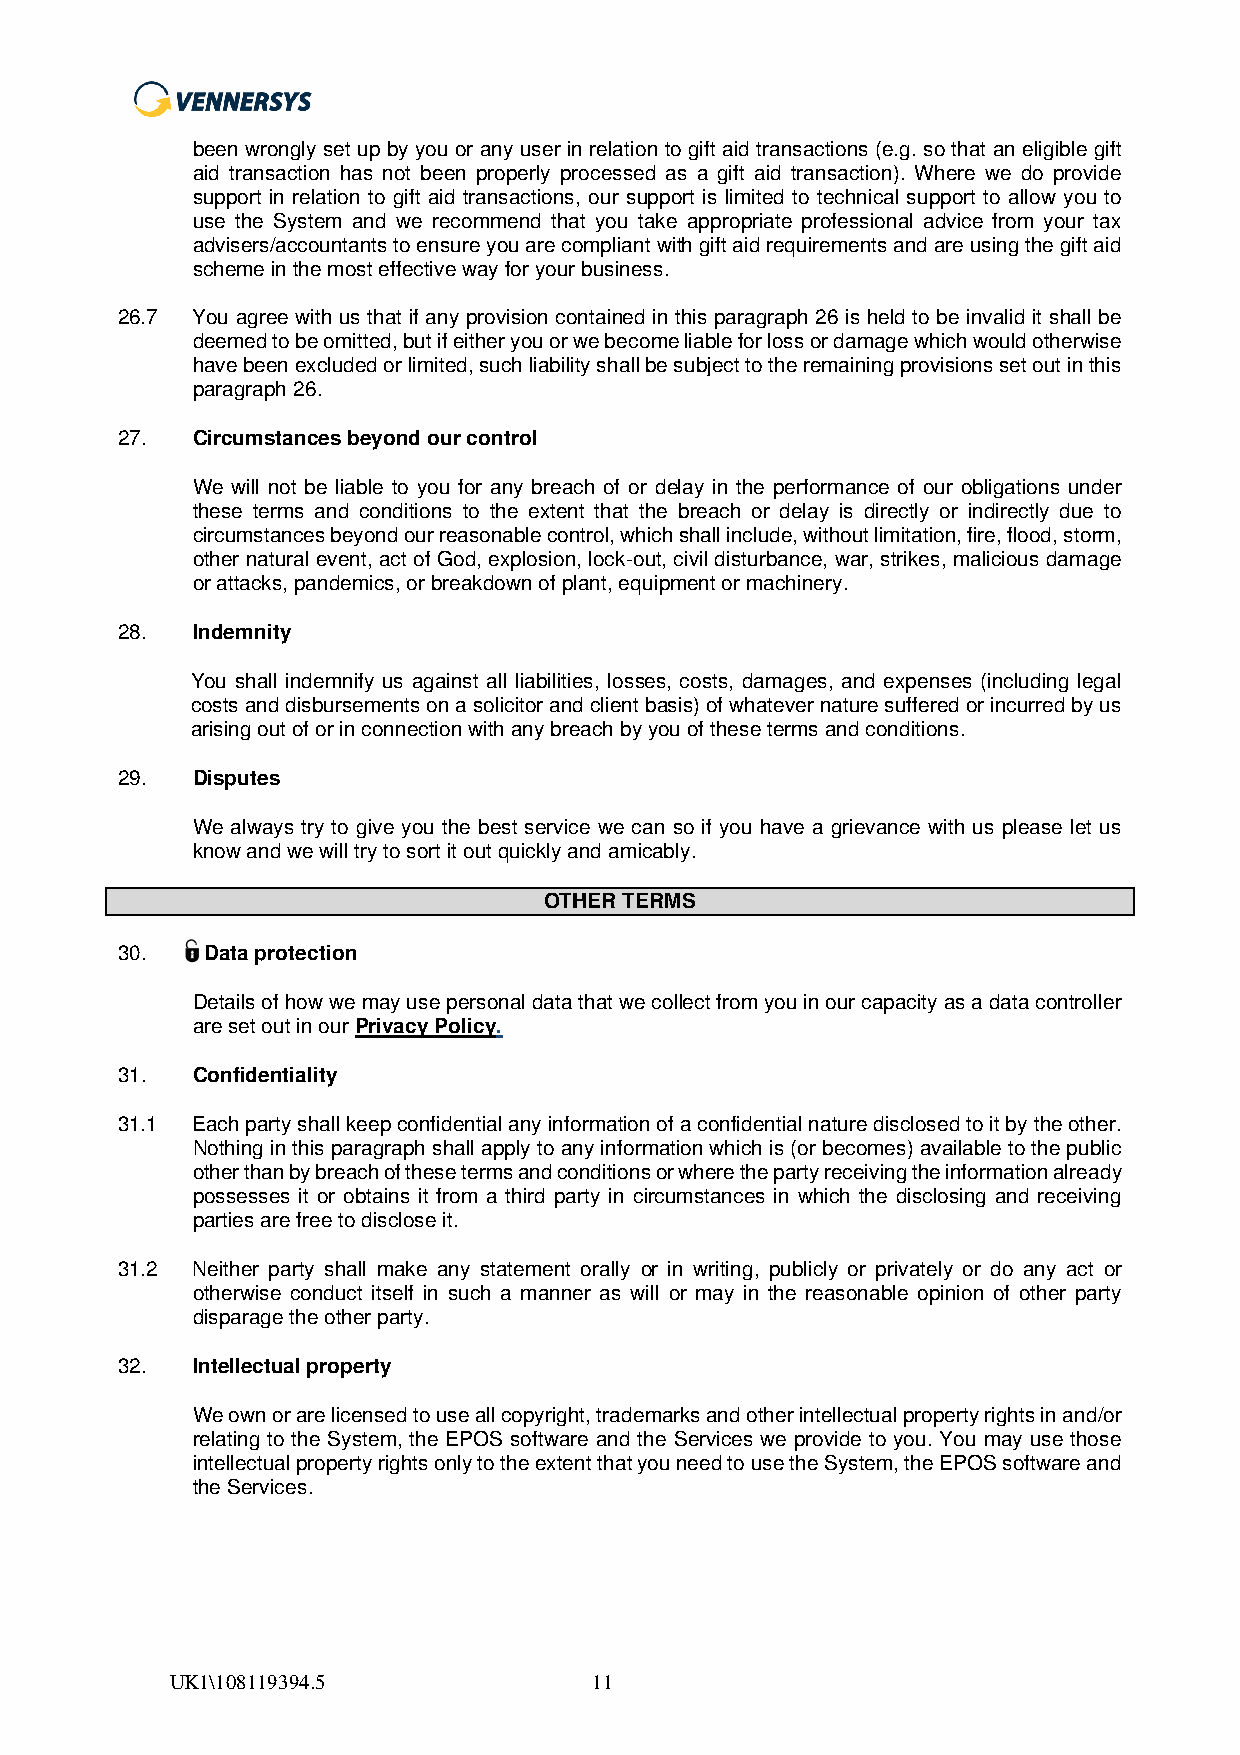
been wrongly set up by you or any user in relation to gift aid transactions (e.g. so that an eligible gift
 aid transaction has not been properly processed as a gift aid transaction). Where we do provide
 support in relation to gift aid transactions, our support is limited to technical support to allow you to
 use the System and we recommend that you take appropriate professional advice from your tax
 advisers/accountants to ensure you are compliant with gift aid requirements and are using the gift aid
 scheme in the most effective way for your business.
 26.7 You agree with us that if any provision contained in this paragraph 26 is held to be invalid it shall be
 deemed to be omitted, but if either you or we become liable for loss or damage which would otherwise
 have been excluded or limited, such liability shall be subject to the remaining provisions set out in this
 paragraph 26.
 27.  Circumstances beyond our control
 We will not be liable to you for any breach of or delay in the performance of our obligations under
 these terms and conditions to the extent that the breach or delay is directly or indirectly due to
 circumstances beyond our reasonable control, which shall include, without limitation, fire, flood, storm,
 other natural event, act of God, explosion, lock-out, civil disturbance, war, strikes, malicious damage
 or attacks, pandemics, or breakdown of plant, equipment or machinery.
 28.  Indemnity
 You shall indemnify us against all liabilities, losses, costs, damages, and expenses (including legal
 costs and disbursements on a solicitor and client basis) of whatever nature suffered or incurred by us
 arising out of or in connection with any breach by you of these terms and conditions.
 29.  Disputes
 We always try to give you the best service we can so if you have a grievance with us please let us
 know and we will try to sort it out quickly and amicably.
 OTHER TERMS
 30.   Data protection
 Details of how we may use personal data that we collect from you in our capacity as a data controller
 are set out in our Privacy Policy.
 31.  Confidentiality
 31.1 Each party shall keep confidential any information of a confidential nature disclosed to it by the other.
 Nothing in this paragraph shall apply to any information which is (or becomes) available to the public
 other than by breach of these terms and conditions or where the party receiving the information already
 possesses it or obtains it from a third party in circumstances in which the disclosing and receiving
 parties are free to disclose it.
 31.2 Neither party shall make any statement orally or in writing, publicly or privately or do any act or
 otherwise conduct itself in such a manner as will or may in the reasonable opinion of other party
 disparage the other party.
 32.  Intellectual property
 We own or are licensed to use all copyright, trademarks and other intellectual property rights in and/or
 relating to the System, the EPOS software and the Services we provide to you. You may use those
 intellectual property rights only to the extent that you need to use the System, the EPOS software and
 the Services.
 UK1\108119394.5             11